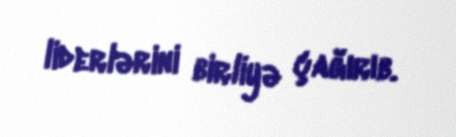
liderlərini birliyə çağırıb.